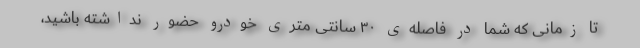
تا زمانی که شما در فاصله‌ی ۳۰ سانتی متری خودرو حضور نداشته باشید،